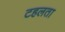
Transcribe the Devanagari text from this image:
टहलता